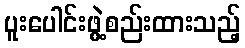
ပူးပေါင်းဖွဲ့စည်းထားသည့်